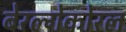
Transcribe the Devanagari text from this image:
बेरल्गेकोरल